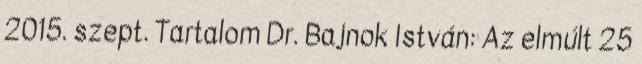
2015. szept. Tartalom Dr. Bajnok István: Az elmúlt 25